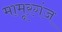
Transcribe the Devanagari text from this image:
मामूरगंज